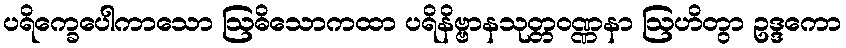
ပရိက္ခေပေါကာသော ဩဓိသောကထာ ပရိနိဗ္ဗာနသုတ္တဝဏ္ဏနာ ဩဟိတွာ ဥဒ္ဒကော